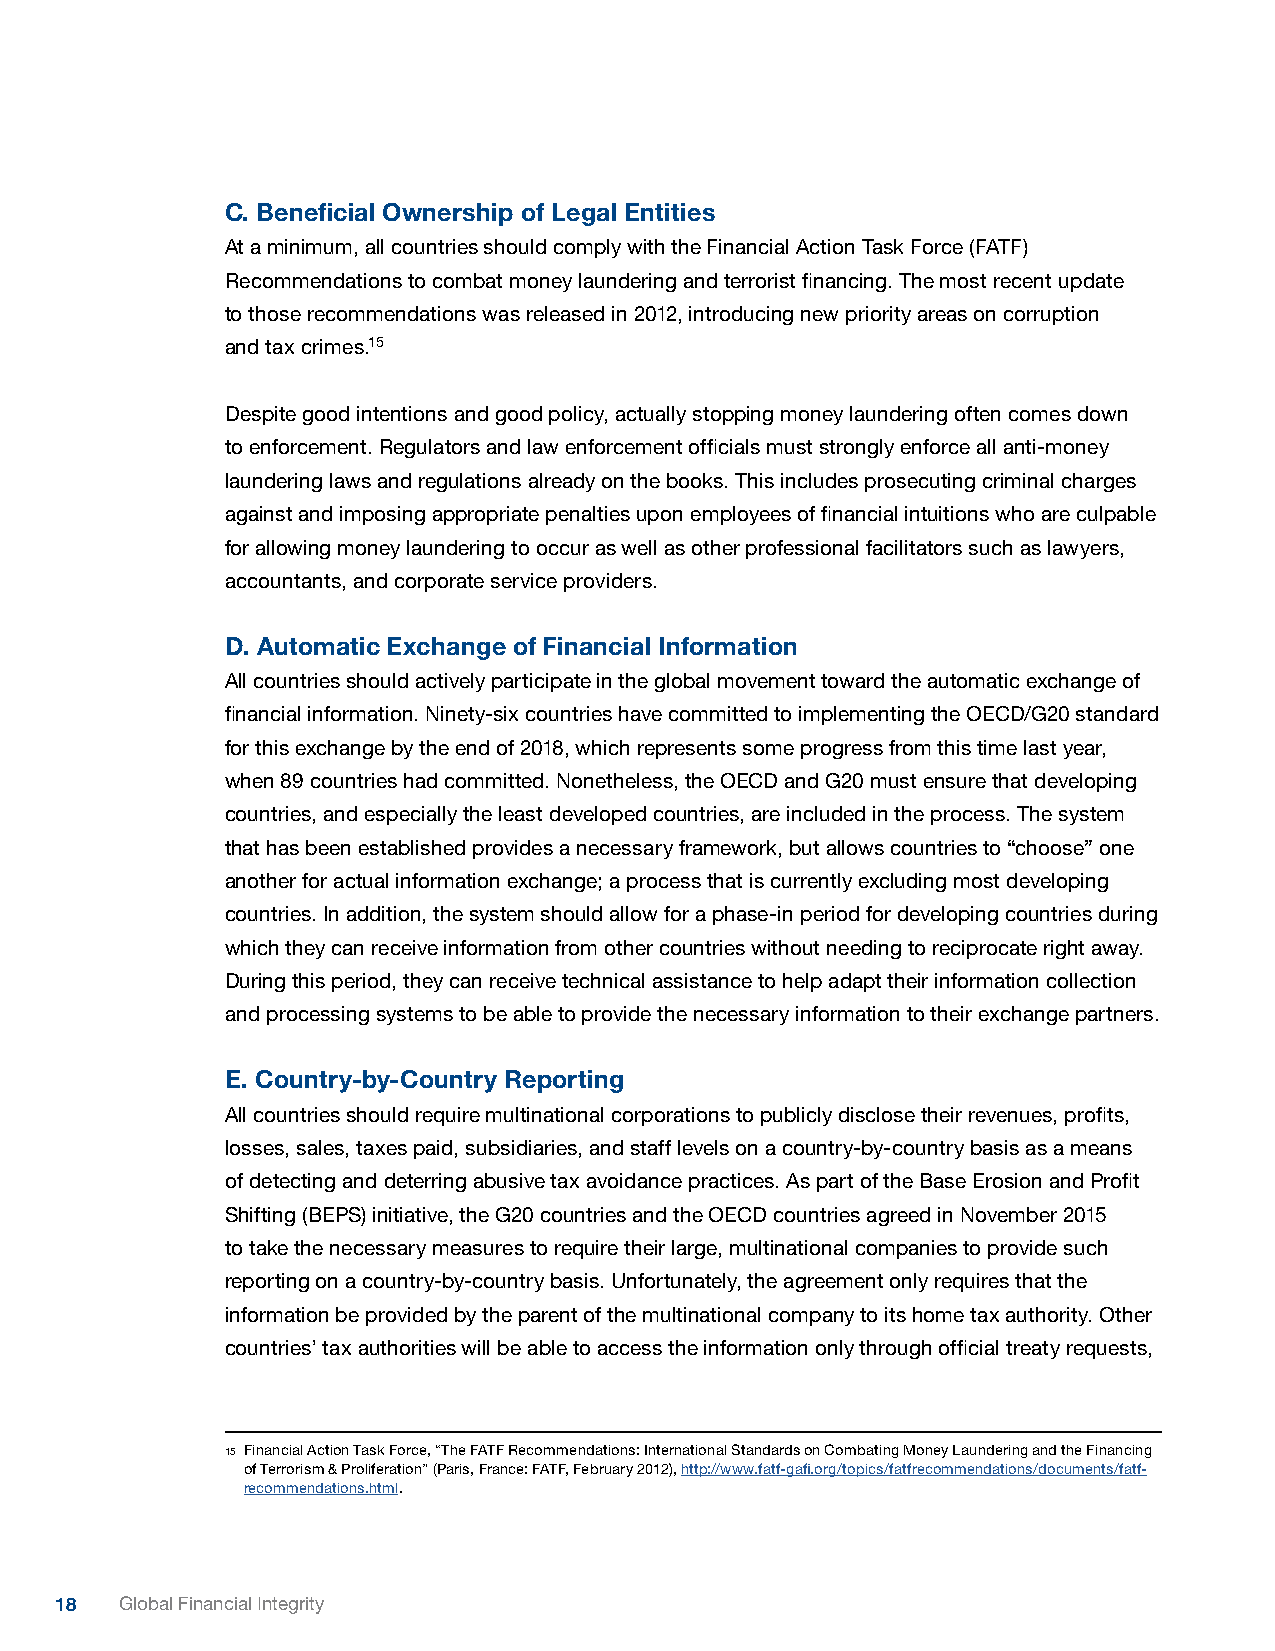
C. Beneficial Ownership of Legal Entities
 At a minimum, all countries should comply with the Financial Action Task Force (FATF)
 Recommendations to combat money laundering and terrorist financing. The most recent update
 to those recommendations was released in 2012, introducing new priority areas on corruption
 and tax crimes.15
 Despite good intentions and good policy, actually stopping money laundering often comes down
 to enforcement. Regulators and law enforcement officials must strongly enforce all anti-money
 laundering laws and regulations already on the books. This includes prosecuting criminal charges
 against and imposing appropriate penalties upon employees of financial intuitions who are culpable
 for allowing money laundering to occur as well as other professional facilitators such as lawyers,
 accountants, and corporate service providers.
 D. Automatic Exchange of Financial Information
 All countries should actively participate in the global movement toward the automatic exchange of
 financial information. Ninety-six countries have committed to implementing the OECD/G20 standard
 for this exchange by the end of 2018, which represents some progress from this time last year,
 when 89 countries had committed. Nonetheless, the OECD and G20 must ensure that developing
 countries, and especially the least developed countries, are included in the process. The system
 that has been established provides a necessary framework, but allows countries to “choose” one
 another for actual information exchange; a process that is currently excluding most developing
 countries. In addition, the system should allow for a phase-in period for developing countries during
 which they can receive information from other countries without needing to reciprocate right away.
 During this period, they can receive technical assistance to help adapt their information collection
 and processing systems to be able to provide the necessary information to their exchange partners.
 E. Country-by-Country Reporting
 All countries should require multinational corporations to publicly disclose their revenues, profits,
 losses, sales, taxes paid, subsidiaries, and staff levels on a country-by-country basis as a means
 of detecting and deterring abusive tax avoidance practices. As part of the Base Erosion and Profit
 Shifting (BEPS) initiative, the G20 countries and the OECD countries agreed in November 2015
 to take the necessary measures to require their large, multinational companies to provide such
 reporting on a country-by-country basis. Unfortunately, the agreement only requires that the
 information be provided by the parent of the multinational company to its home tax authority. Other
 countries’ tax authorities will be able to access the information only through official treaty requests,
 15 Financial Action Task Force, “The FATF Recommendations: International Standards on Combating Money Laundering and the Financing
 of Terrorism & Proliferation” (Paris, France: FATF, February 2012), http://www.fatf-gafi.org/topics/fatfrecommendations/documents/fatf-
 recommendations.html.
 18  Global Financial Integrity